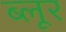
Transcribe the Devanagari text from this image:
ब्लूर